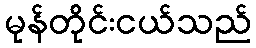
မုန်တိုင်းငယ်သည်